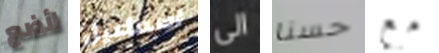
لأضع اسماعيل الى حسنا مع